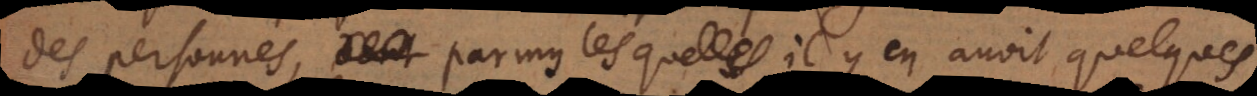
des personnes, parmy lesquelles il y en avoit quelques